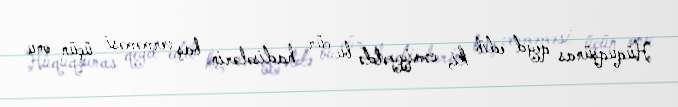
Hüquqşünas qeyd edib ki, cəmiyyətdə bu cür hadisələrin baş verməməsi üçün onu